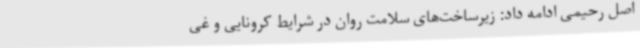
اصل رحیمی ادامه داد: زیرساخت‌های سلامت روان در شرایط کرونایی و غی